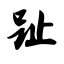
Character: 趾